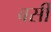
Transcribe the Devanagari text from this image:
वर्सी